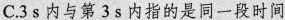
C.3s内与第3s内指的是同一段时间